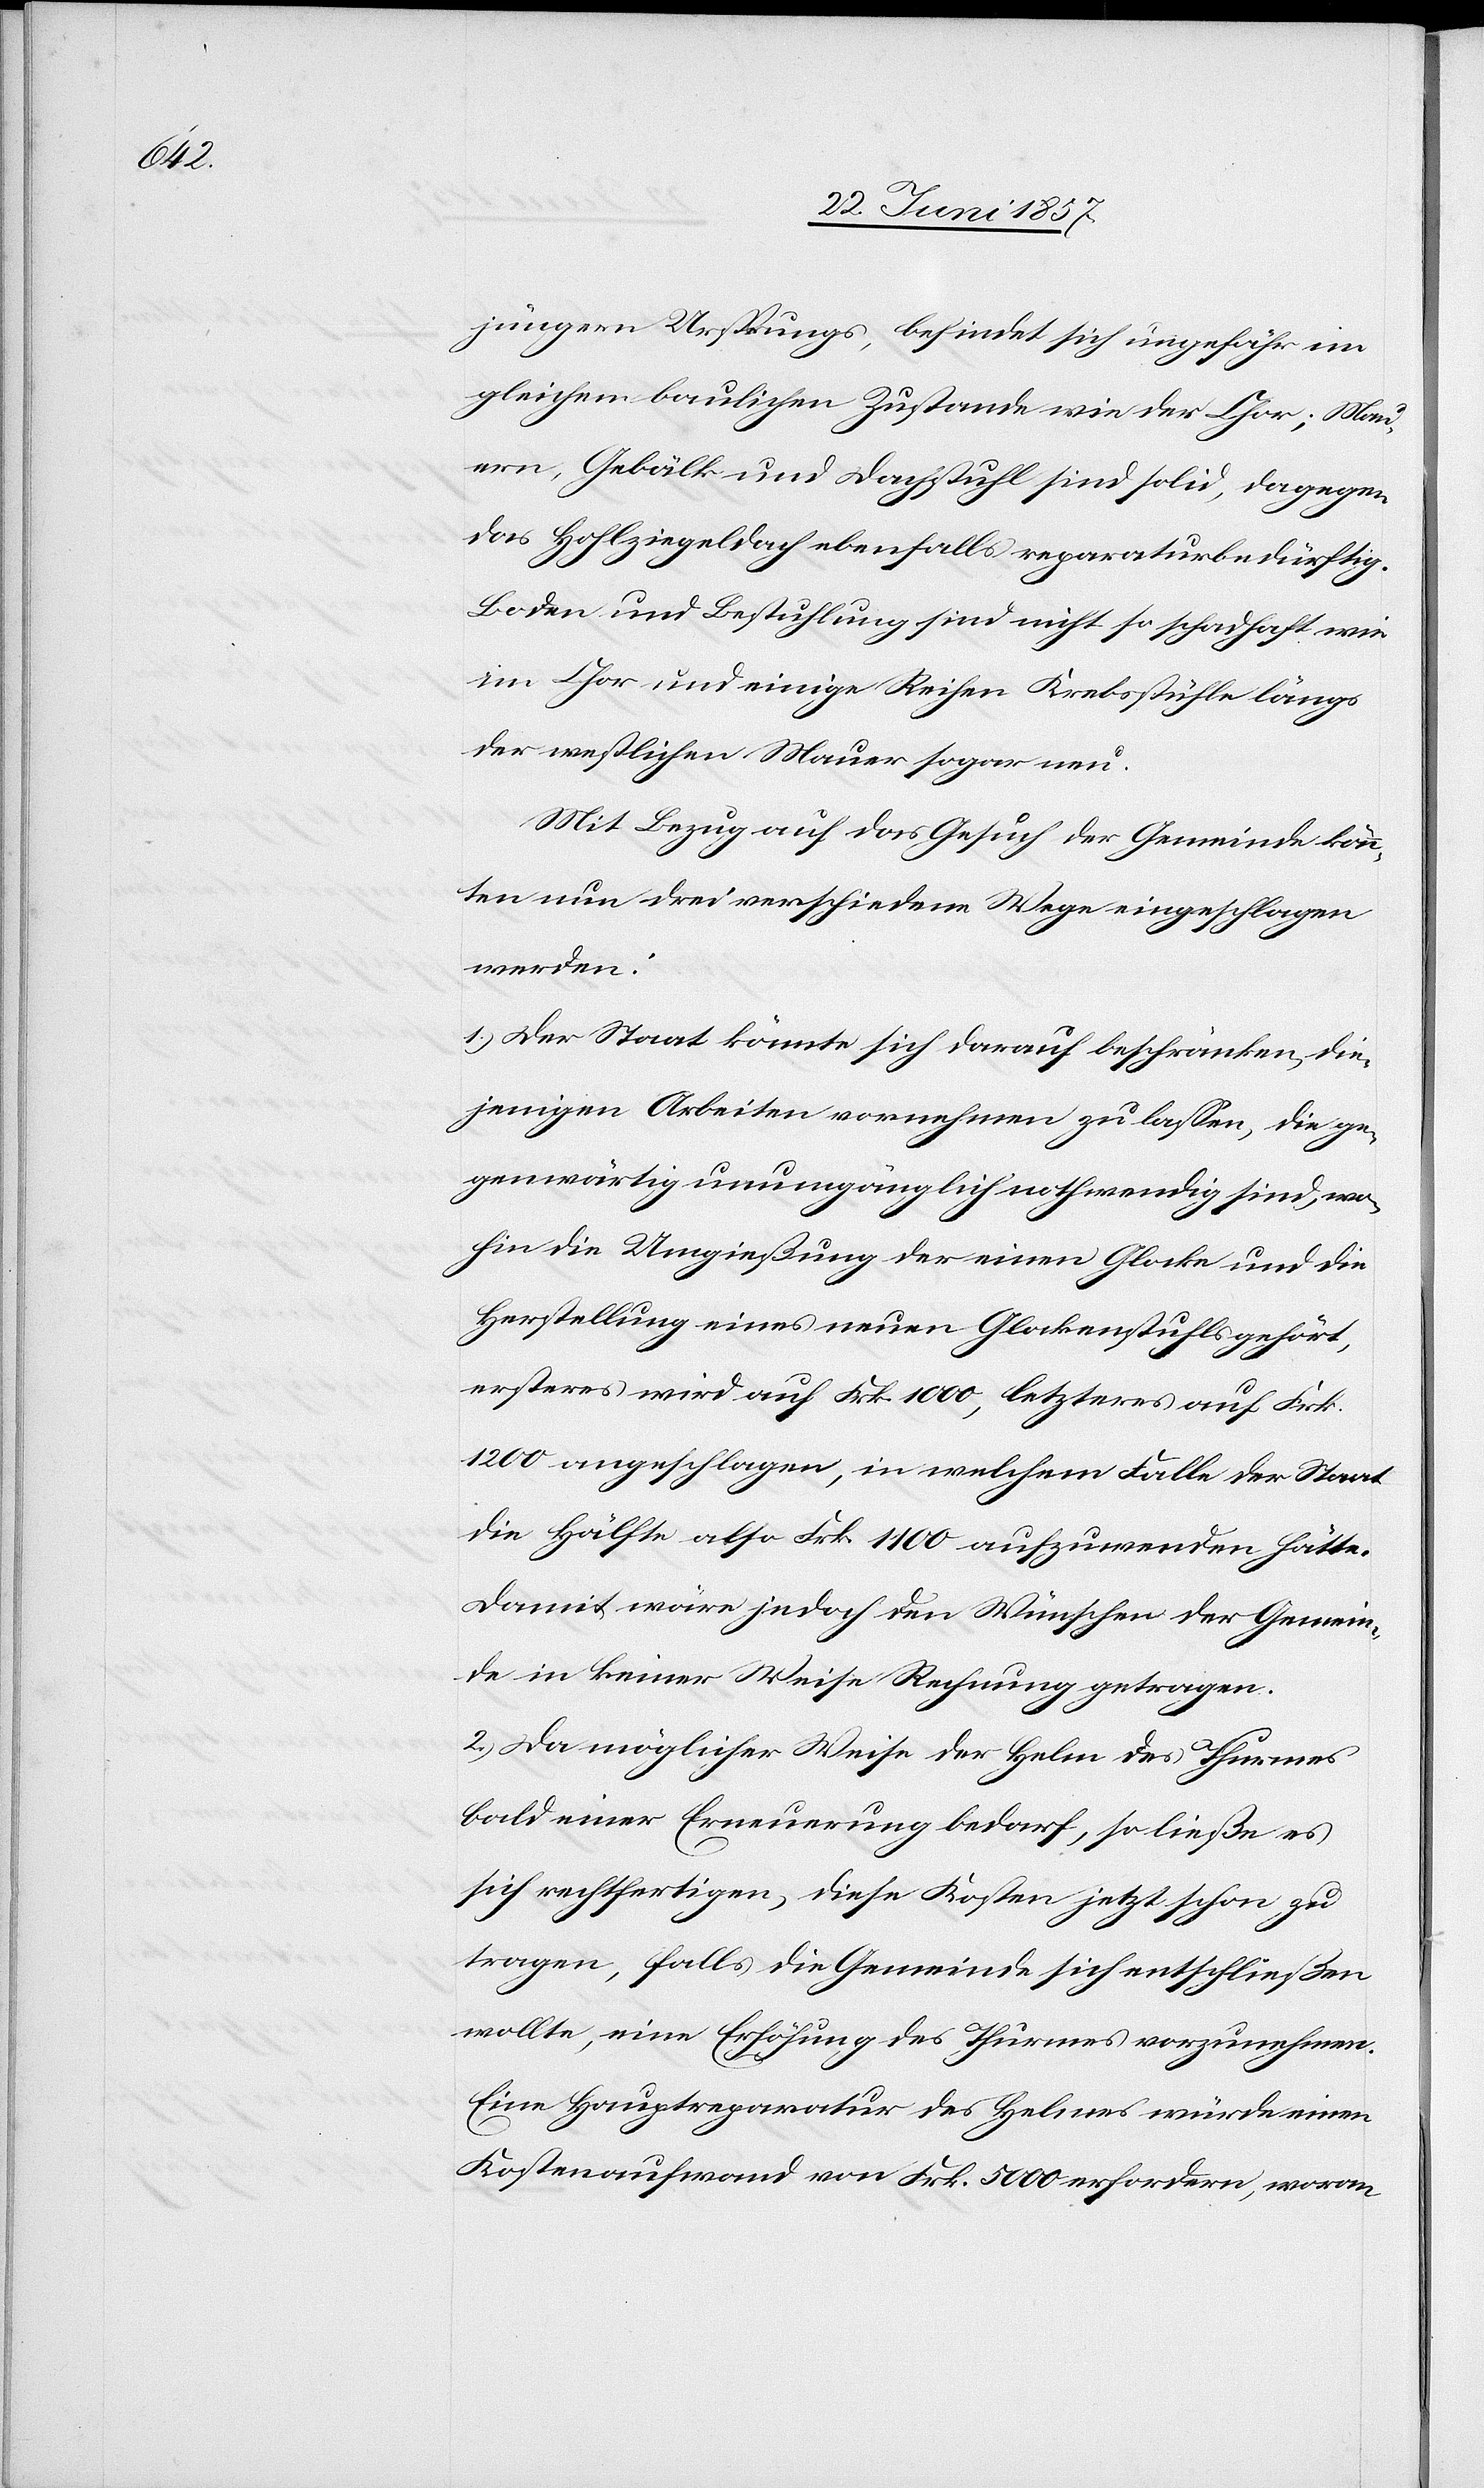
jüngern Ursprungs, befindet sich ungefähr im
gleichen baulichen Zustande wie der Chor; Mau¬
ern, Gebälk und Dachstuhl sind solid, dagegen
das Hohlziegeldach ebenfalls reparaturbedürftig.
Boden und Bestuhlung sind nicht so schadhaft wie
im Chor und einige Reihen Krebsstühle längs
der westlichen Mauer sogar neu.
Mit Bezug auf das Gesuch der Gemeinde könn¬
ten nun drei verschiedene Wege eingeschlagen
werden:
1.) Der Staat könnte sich darauf beschränken, die¬
jenigen Arbeiten vornehmen zu lassen, die ge¬
genwärtig unumgänglich nothwendig sind, wo¬
hin die Umgießung der einen Glocke und die
Herstellung eines neuen Glockenstuhls gehört,
ersteres wird auf Frk. 1 000, letzteres auf Frk.
1 200 angeschlagen, in welchem Falle der Staat
die Hälfte also Frk. 1 100 aufzuwenden hätte.
Damit wäre jedoch den Wünschen der Gemein¬
de in keiner Weise Rechnung getragen.
2.) Da möglicher Weise der Helm des Thurmes
bald einer Erneuerung bedarf, so ließe es
sich rechtfertigen, diese Kosten jetzt schon zu
tragen, falls die Gemeinde sich entschließen
wollte, eine Erhöhung des Thurmes vorzunehmen.
Eine Hauptreparatur des Helmes würde einen
Kostenaufwand von Frk. 5 000 erfordern, woran